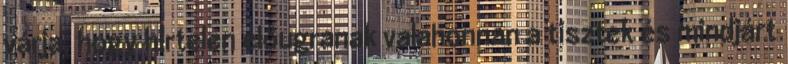
várja, hogy hirtelen előugranak valahonnan a tisztek és mindjárt